Lunatic asylums Madras 1892-1911 - 1892-1911
Year: 1892
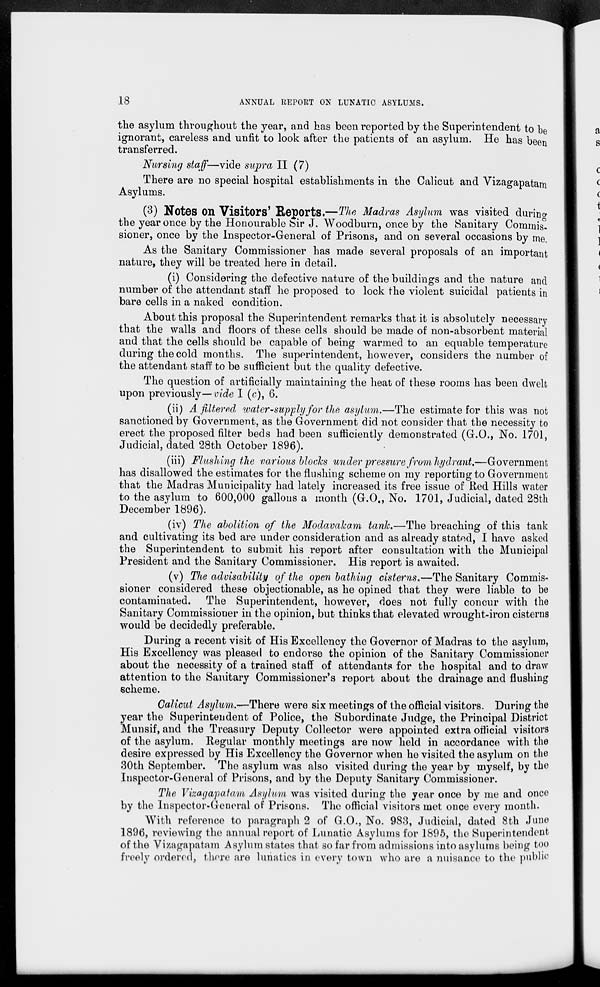
18
ANNUAL ItEPOttT ON LUNATIC ASYLUMS.
the asylum throughout the year, and has been reported by the Superintendent to be
ignorant, careless and unfit to look after the patients of an asylum. He has been
transferred.
Nursing staff—vide supra II (7)
There are no special hospital establishments in the Calicut and Vizagapatam
Asylums.
(3) Notes On Visitors' Reports.—The Madras Asylum was visited during
the year once by the Honourable bir J. Woodburn, once by the Sanitary Commis-
sioner, once by the Inspector-General of Prisons, and on several occasions by me.
As the Sanitary Commissioner has made several proposals of an important
nature, they will be treated here in detail.
(i) Considering the defective nature of the buildings and the nature and
number of the attendant staff he proposed to lock the violent suicidal patients in
bare cells in a naked condition.
About this proposal the Superintendent remarks that it is absolutely necessary
that the walls and floors of these cells should be made of non-absorbent material
and that the cells should be capable of being warmed to an equable temperature
during the cold months. The superintendent, however, considers the number of
the attendant staff to be sufficient but the quality defective.
The question of artificially maintaining the heat of these rooms has been dwelt
upon previously—vide I (c), 6.
(ii) A filtered water-supply for the asylum.—The estimate for this was not
sanctioned by Government, as the Government did not consider that the necessity to
erect the proposed filter beds had been sufficiently demonstrated (G.O., No. 1701,
Judicial, dated 28th October 1896).
(iii) Flashing the various blocks under pressure from hydrant.—Government
has disallowed the estimates for the flushing scheme on my reporting to Government
that the Madras Municipality had lately increased its free issue of Red Hills water
to the asylum to 600,000 gallons a month (G.O., No. 1701, Judicial, dated 28th
December 1896).
(iv) The abolition of the Modavakam tank.—The breaching of this tank
and cultivating its bed are under consideration and as already stated, I have asked
the Superintendent to submit his report after consultation with the Municipal
President and the Sanitary Commissioner. His report is awaited.
(v) TJie advisability of the open bathing cisterns.—The Sanitary Commis-
sioner considered these objectionable, as he opined that they were liable to be
contaminated. The Superintendent, however, does not fully concur with the
Sanitary Commissioner in the opinion, but thinks that elevated wrought-iron cisterns
would be decidedly preferable.
During a recent visit of His Excellency the Governor of Madras to the asylum,
His Excellency was pleased to endorse the opinion of the Sanitary Commissioner
about the necessity of a trained staff of attendants for the hospital and to draw
attention to the Sanitary Commissioner's report about the drainage and flushing
scheme.
Calicut Asylum.—There were six meetings of the official visitors. During the
year the Superintendent of Police, the Subordinate Judge, the Principal District
Munsif, and the Treasury Deputy Collector were appointed extra oflicial visitors
of the asylum. Regular monthly meetings are now held in accordance with the
desire expressed by His Excellency the Governor when he visited the asylum on the
30th September. The asylum was also visited during the year by myself, by the
Inspector-General of Prisons, and by the Deputy Sanitary Commissioner.
The Vizagapatam Asylum was visited during the year once by me and once
by the Inspector-General of Prisons. The official visitors met once every month.
With reference to paragraph 2 of G.O., No. 983, Judicial, dated 8th June
1896, reviewing the annual report of Lunatic Asylums for 1895, the Superintendent
of the Vizagapatam Asylum states that so far from admissions into asylums being too
freely ordered, there are lunatics in every town who are a nuisance to the public